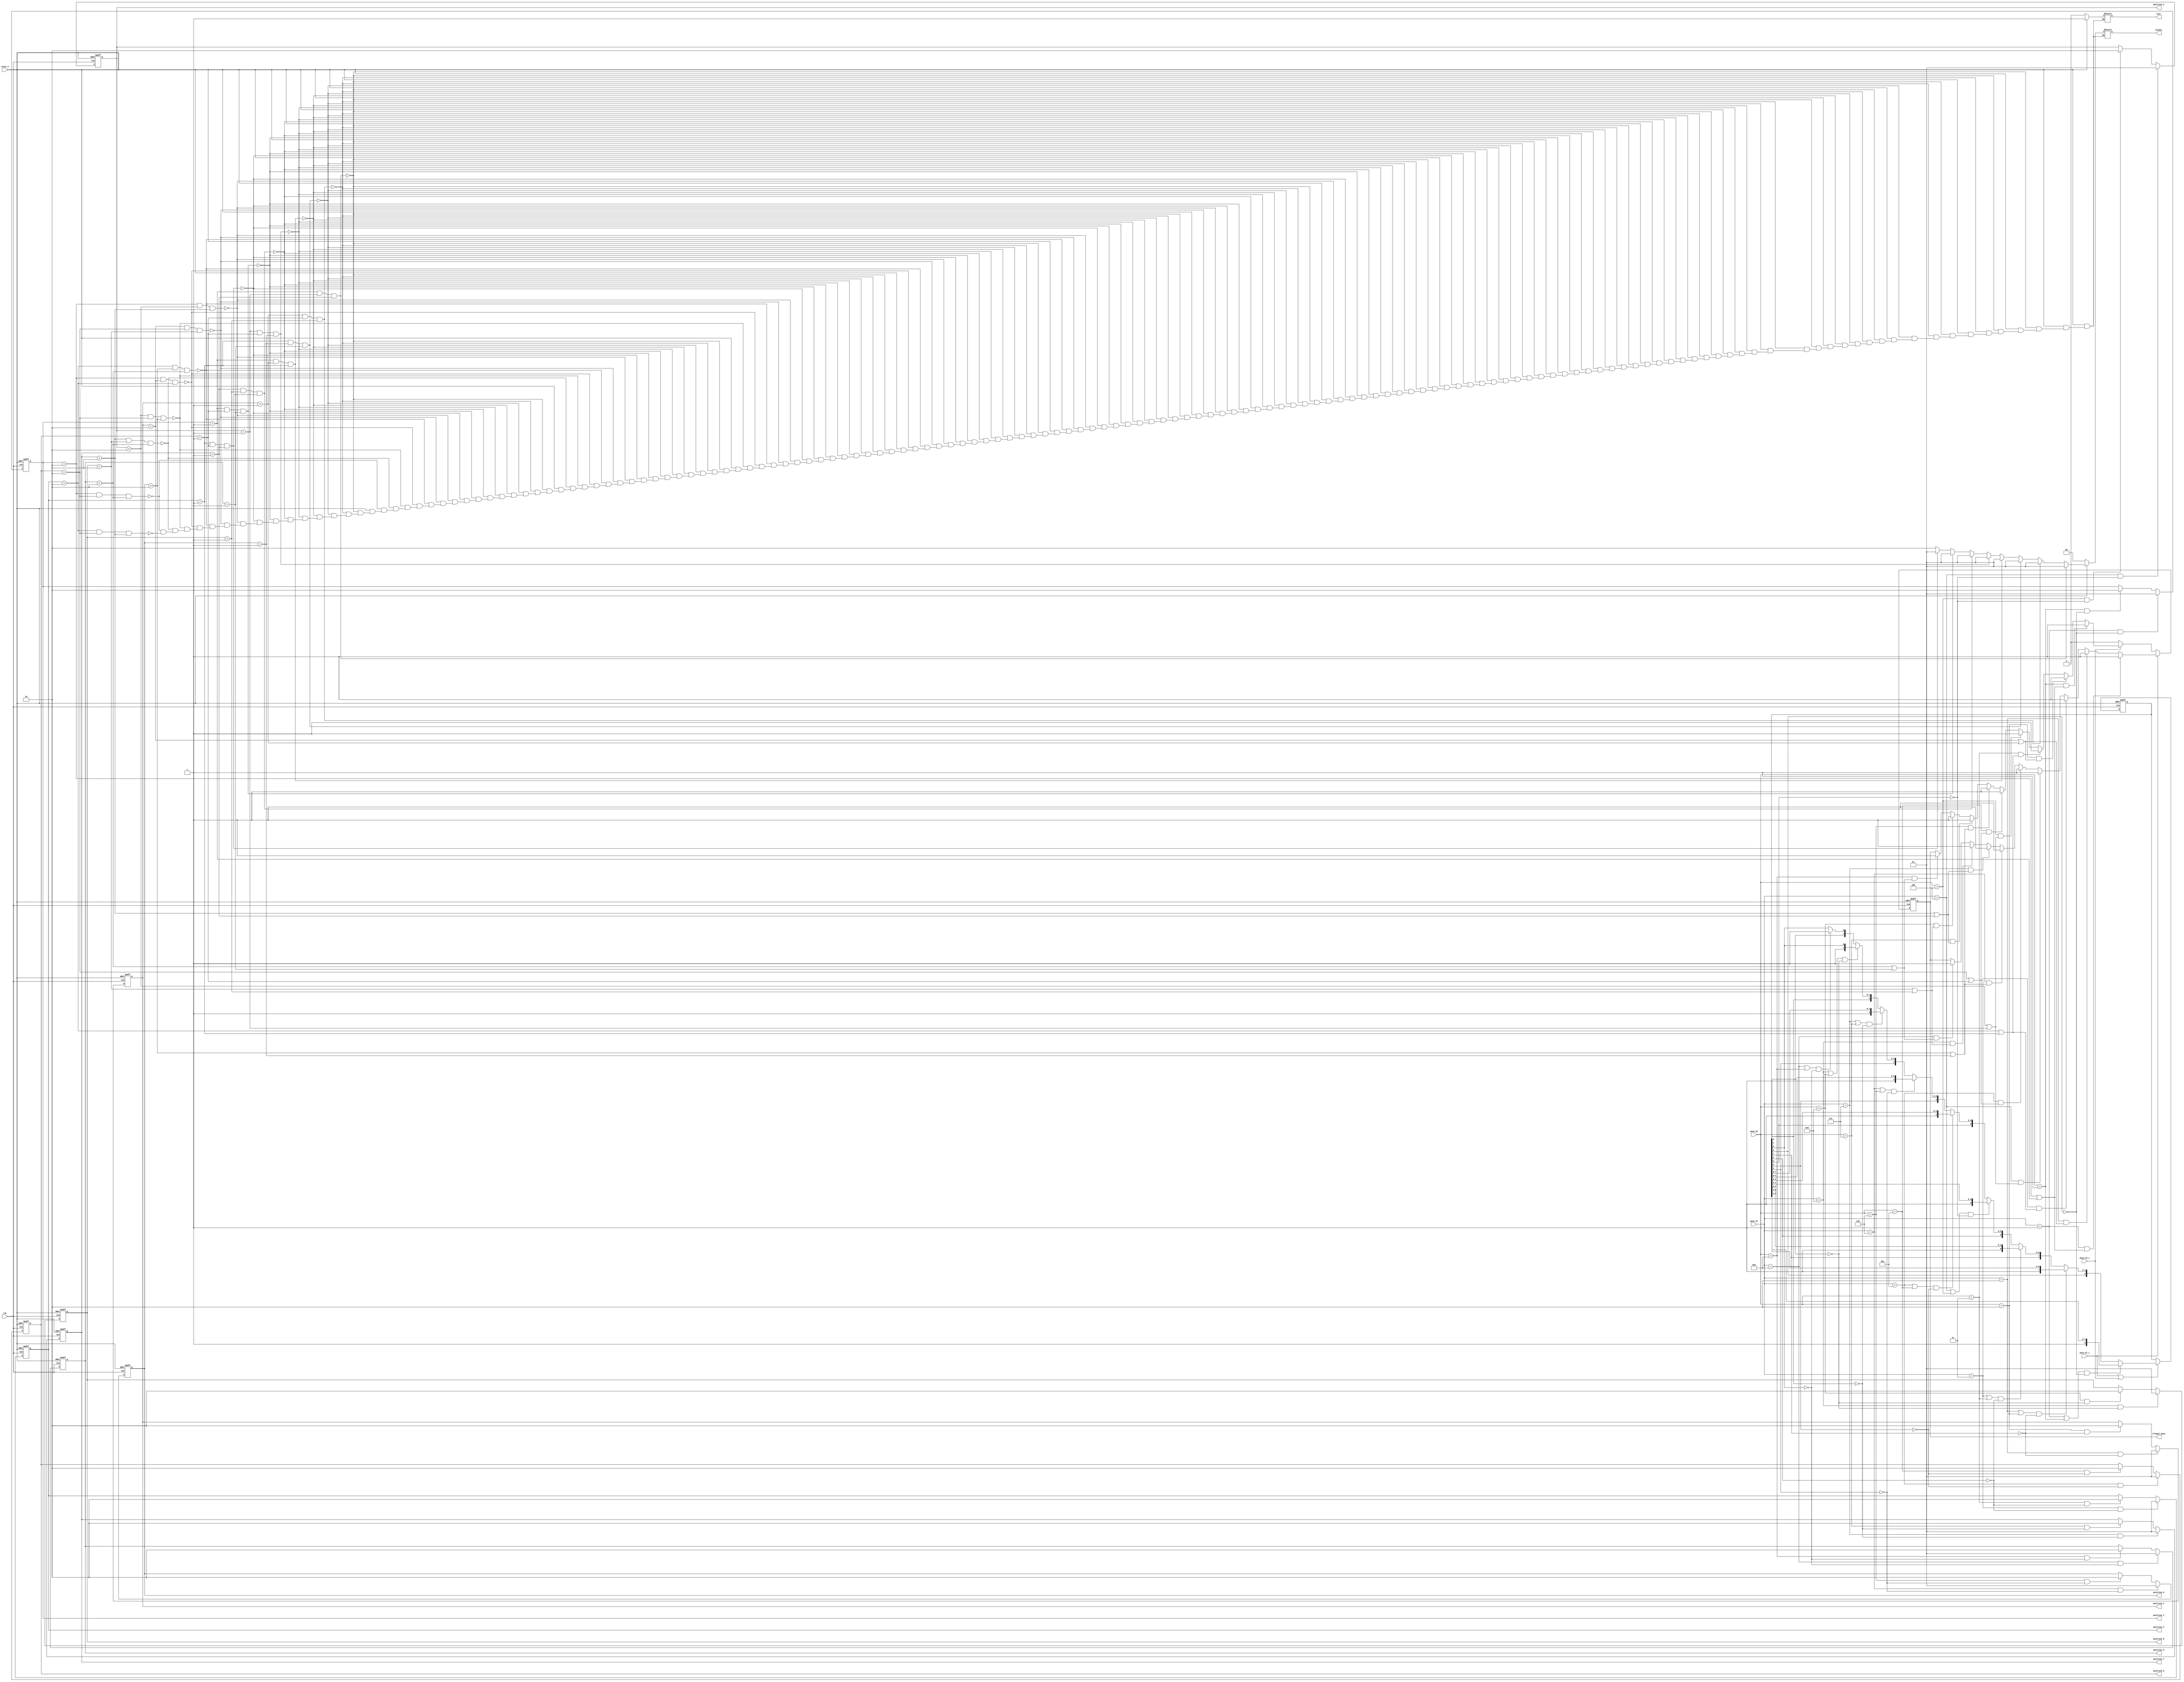
`timescale 1ns / 1ps


module tictactoe(
    clk, reset_n, move_P1_i, move_P2_i, move_P1, move_P2, illegal_move, over, winner,
              position_1, position_2, position_3,
              position_4, position_5, position_6,
              position_7, position_8, position_9
    );

    input clk, reset_n;
    input move_P1_i;//P1 just moved, this signal comes at the same time of move_P1 toggling
    input move_P2_i;//P2 just moved, 
    input [3:0] move_P1;//4-9 encoder//
    input [3:0] move_P2;//4-9 encoder

    assign reset = ~reset_n;

    output reg [1:0] position_1, position_2, position_3,
                     position_4, position_5, position_6,
                     position_7, position_8, position_9;

    reg [8:0] occupied;

    output reg illegal_move;
    output reg over;
    output reg [1:0] winner;


    always @(posedge clk, posedge reset) begin
        if(reset)
            position_1 <= 2'b00;
        else if(move_P1 == 4'd1 && !occupied[8])//P1position_1
            position_1 <= 2'b01;
        else if(move_P2 == 4'd1 && !occupied[8])//P2position_1
            position_1 <= 2'b10;
        else
            position_1 <= position_1;
    end

    always @(posedge clk, posedge reset) begin
        if(reset)
            position_2 <= 2'b00;
        else if(move_P1 == 4'd2 && !occupied[7])//P1position_2
            position_2 <= 2'b01;
        else if(move_P2 == 4'd2 && !occupied[7])//P2position_2
            position_2 <= 2'b10;
        else
            position_2 <= position_2;
    end

    always @(posedge clk, posedge reset) begin
        if(reset)
            position_3 <= 2'b00;
        else if(move_P1 == 4'd3 && !occupied[6])//P1position_3
            position_3 <= 2'b01;
        else if(move_P2 == 4'd3 && !occupied[6])//P2position_3
            position_3 <= 2'b10;
        else
            position_3 <= position_3;
    end

    always @(posedge clk, posedge reset) begin
        if(reset)
            position_4 <= 2'b00;
        else if(move_P1 == 4'd4 && !occupied[5])//P1position_4
            position_4 <= 2'b01;
        else if(move_P2 == 4'd4 && !occupied[5])//P2position_4
            position_4 <= 2'b10;
        else
            position_4 <= position_4;
    end

    always @(posedge clk, posedge reset) begin
        if(reset)
            position_5 <= 2'b00;
        else if(move_P1 == 4'd5 && !occupied[4])//P1position_5
            position_5 <= 2'b01;
        else if(move_P2 == 4'd5 && !occupied[4])//P2position_5
            position_5 <= 2'b10;
        else
            position_5 <= position_5;
    end

    always @(posedge clk, posedge reset) begin
        if(reset)
            position_6 <= 2'b00;
        else if(move_P1 == 4'd6 && !occupied[3])//P1position_6
            position_6 <= 2'b01;
        else if(move_P2 == 4'd6 && !occupied[3])//P2position_6
            position_6 <= 2'b10;
        else
            position_6 <= position_6;
    end

    always @(posedge clk, posedge reset) begin
        if(reset)
            position_7 <= 2'b00;
        else if(move_P1 == 4'd7 && !occupied[2])//P1position_7
            position_7 <= 2'b01;
        else if(move_P2 == 4'd7 && !occupied[2])//P2position_7
            position_7 <= 2'b10;
        else
            position_7 <= position_7;
    end

    always @(posedge clk, posedge reset) begin
        if(reset)
            position_8 <= 2'b00;
        else if(move_P1 == 4'd8 && !occupied[1])//P1position_8
            position_8 <= 2'b01;
        else if(move_P2 == 4'd8 && !occupied[1])//P2position_8
            position_8 <= 2'b10;
        else
            position_8 <= position_8;
    end

    always @(posedge clk, posedge reset) begin
        if(reset)
            position_9 <= 2'b00;
        else if(move_P1 == 4'd9 && !occupied[0])//P1position_9
            position_9 <= 2'b01;
        else if(move_P2 == 4'd9 && !occupied[0])//P2position_9
            position_9 <= 2'b10;
        else
            position_9 <= position_9;
    end

    always @(posedge clk, posedge reset) begin
        if(reset)
            occupied <= 9'b000000000;
        else if(move_P1_i || move_P2_i) begin
            if((move_P1 == 4'd1 || move_P2 == 4'd1) && !occupied[8])
                occupied <= {1'b1, occupied[7:0]};
            else if((move_P1 == 4'd2 || move_P2 == 4'd2) && !occupied[7])
                occupied <= {occupied[8], 1'b1, occupied[6:0]};
            else if((move_P1 == 4'd3 || move_P2 == 4'd3) && !occupied[6])
                occupied <= {occupied[8:7], 1'b1, occupied[5:0]};
            else if((move_P1 == 4'd4 || move_P2 == 4'd4) && !occupied[5])
                occupied <= {occupied[8:6], 1'b1, occupied[4:0]};
            else if((move_P1 == 4'd5 || move_P2 == 4'd5) && !occupied[4])
                occupied <= {occupied[8:5], 1'b1, occupied[3:0]};
            else if((move_P1 == 4'd6 || move_P2 == 4'd6) && !occupied[3])
                occupied <= {occupied[8:4], 1'b1, occupied[2:0]};
            else if((move_P1 == 4'd7 || move_P2 == 4'd7) && !occupied[2])
                occupied <= {occupied[8:3], 1'b1, occupied[1:0]};
            else if((move_P1 == 4'd8 || move_P2 == 4'd8) && !occupied[1])
                occupied <= {occupied[8:2], 1'b1, occupied[0]};
            else if((move_P1 == 4'd9 || move_P2 == 4'd9) && !occupied[0])
                occupied <= {occupied[8:1], 1'b1};
            end
        else
            occupied <= occupied;
    end

    always @(posedge clk, posedge reset) begin
        if(reset)
            illegal_move <= 0;
        else if(move_P1_i) begin
            if(move_P1 == 4'd1 && (position_1 == 2'b10 || position_1 == 2'b01))
                illegal_move <= 1;
            else if(move_P1 == 4'd2 && (position_2 == 2'b10 || position_2 == 2'b01))
                illegal_move <= 1;
            else if(move_P1 == 4'd3 && (position_3 == 2'b10 || position_3 == 2'b01))
                illegal_move <= 1;
            else if(move_P1 == 4'd4 && (position_4 == 2'b10 || position_4 == 2'b01))
                illegal_move <= 1;
            else if(move_P1 == 4'd5 && (position_5 == 2'b10 || position_5 == 2'b01))
                illegal_move <= 1;
            else if(move_P1 == 4'd6 && (position_6 == 2'b10 || position_6 == 2'b01))
                illegal_move <= 1;
            else if(move_P1 == 4'd7 && (position_7 == 2'b10 || position_7 == 2'b01))
                illegal_move <= 1;
            else if(move_P1 == 4'd8 && (position_8 == 2'b10 || position_8 == 2'b01))
                illegal_move <= 1;
            else if(move_P1 == 4'd9 && (position_9 == 2'b10 || position_9 == 2'b01))
                illegal_move <= 1;
        end
        else if(move_P2_i) begin
            if(move_P2 == 4'd1 && (position_1 == 2'b10 || position_1 == 2'b01))
                illegal_move <= 1;
            else if(move_P2 == 4'd2 && (position_2 == 2'b10 || position_2 == 2'b01))
                illegal_move <= 1;
            else if(move_P2 == 4'd3 && (position_3 == 2'b10 || position_3 == 2'b01))
                illegal_move <= 1;
            else if(move_P2 == 4'd4 && (position_4 == 2'b10 || position_4 == 2'b01))
                illegal_move <= 1;
            else if(move_P2 == 4'd5 && (position_5 == 2'b10 || position_5 == 2'b01))
                illegal_move <= 1;
            else if(move_P2 == 4'd6 && (position_6 == 2'b10 || position_6 == 2'b01))
                illegal_move <= 1;
            else if(move_P2 == 4'd7 && (position_7 == 2'b10 || position_7 == 2'b01))
                illegal_move <= 1;
            else if(move_P2 == 4'd8 && (position_8 == 2'b10 || position_8 == 2'b01))
                illegal_move <= 1;
            else if(move_P2 == 4'd9 && (position_9 == 2'b10 || position_9 == 2'b01))
                illegal_move <= 1;
        end
        else
            illegal_move <= 0;
    end


    always @(*) begin
        if(reset) begin
            over <= 0;
            winner <= 2'b00;
        end
        else begin
            if(position_1 == 2'b01 && position_4 == 2'b01 && position_7 == 2'b01) begin
                over = 1;
                winner = 2'b01;
            end
            else if(position_2 == 2'b01 && position_5 == 2'b01 && position_8 == 2'b01) begin
                over = 1;
                winner = 2'b01;
            end
            else if(position_3 == 2'b01 && position_6 == 2'b01 && position_9 == 2'b01) begin
                over = 1;
                winner = 2'b01;
            end
            else if(position_1 == 2'b01 && position_2 == 2'b01 && position_3 == 2'b01) begin
                over = 1;
                winner = 2'b01;
            end
            else if(position_4 == 2'b01 && position_5 == 2'b01 && position_6 == 2'b01) begin
                over = 1;
                winner = 2'b01;
            end
            else if(position_7 == 2'b01 && position_8 == 2'b01 && position_9 == 2'b01) begin
                over = 1;
                winner = 2'b01;
            end
            else if(position_1 == 2'b01 && position_5 == 2'b01 && position_9 == 2'b01) begin
                over = 1;
                winner = 2'b01;
            end
            else if(position_3 == 2'b01 && position_5 == 2'b01 && position_7 == 2'b01) begin
                over = 1;
                winner = 2'b01;
            end
            else if(position_1 == 2'b10 && position_4 == 2'b10 && position_7 == 2'b10) begin
                over = 1;
                winner = 2'b10;
            end
            else if(position_2 == 2'b10 && position_5 == 2'b10 && position_8 == 2'b10) begin
                over = 1;
                winner = 2'b10;
            end
            else if(position_3 == 2'b10 && position_6 == 2'b10 && position_9 == 2'b10) begin
                over = 1;
                winner = 2'b10;
            end
            else if(position_1 == 2'b10 && position_2 == 2'b10 && position_3 == 2'b10) begin
                over = 1;
                winner = 2'b10;
            end
            else if(position_4 == 2'b10 && position_5 == 2'b10 && position_6 == 2'b10) begin
                over = 1;
                winner = 2'b10;
            end
            else if(position_7 == 2'b10 && position_8 == 2'b10 && position_9 == 2'b10) begin
                over = 1;
                winner = 2'b10;
            end
            else if(position_1 == 2'b10 && position_5 == 2'b10 && position_9 == 2'b10) begin
                over = 1;
                winner = 2'b10;
            end
            else if(position_3 == 2'b10 && position_5 == 2'b10 && position_7 == 2'b10) begin
                over = 1;
                winner = 2'b10;
            end
        end
        
    end


endmodule